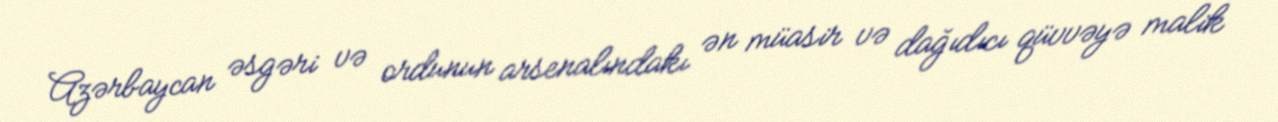
Azərbaycan əsgəri və ordunun arsenalındakı ən müasir və dağıdıcı qüvvəyə malik